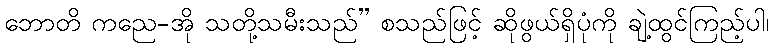
ဘောတိ ကညေ-အို သတို့သမီးသည်” စသည်ဖြင့် ဆိုဖွယ်ရှိပုံကို ချဲ့ထွင်ကြည့်ပါ၊